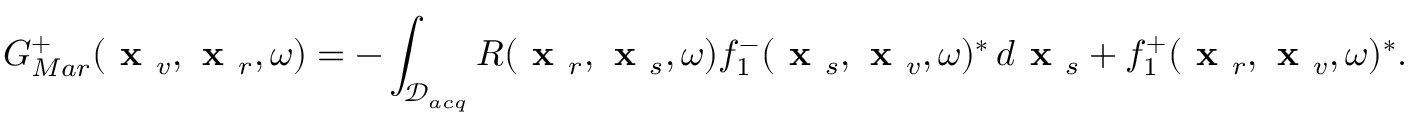
G _ { M a r } ^ { + } ( \textbf { x } _ { v } , \textbf { x } _ { r } , \omega ) = - \int _ { \mathcal { D } _ { a c q } } R ( \textbf { x } _ { r } , \textbf { x } _ { s } , \omega ) f _ { 1 } ^ { - } ( \textbf { x } _ { s } , \textbf { x } _ { v } , \omega ) ^ { * } \, d \textbf { x } _ { s } + f _ { 1 } ^ { + } ( \textbf { x } _ { r } , \textbf { x } _ { v } , \omega ) ^ { * } .